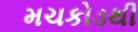
મચકોડથી